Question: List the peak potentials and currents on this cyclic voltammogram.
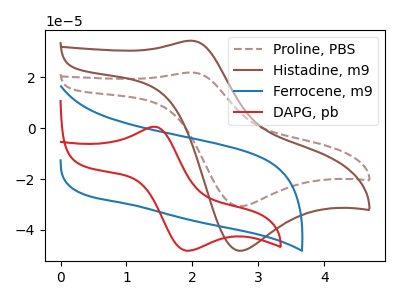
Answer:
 <answer>The brown dashed curve "Proline, PBS" has an anodic peak at (2.00V, 21.90uA) and a cathodic peak at (2.70V, -30.65uA). The brown curve "Histadine, m9" has an anodic peak at (2.00V, 34.40uA) and a cathodic peak at (2.70V, -48.15uA). The blue curve "Ferrocene, m9" has no peaks. The red curve "DAPG, pb" has an anodic peak at (1.40V, 0.55uA) and a cathodic peak at (1.90V, -48.10uA).</answer>
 <eval></eval>